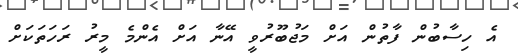
އެ ހިސާބުން ފާތުން އަށް މަޖުބޫރުވީ އޭނާ އަށް އެންމެ މީރު ރަހަތަކަށް